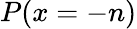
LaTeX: P(x=-n)